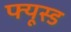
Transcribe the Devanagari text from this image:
फ्यूस्ड